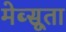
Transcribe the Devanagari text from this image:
मेब्सूता